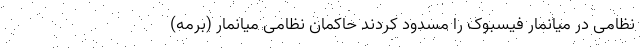
نظامی در میانمار فیسبوک را مسدود کردند حاکمان نظامی میانمار (برمه)